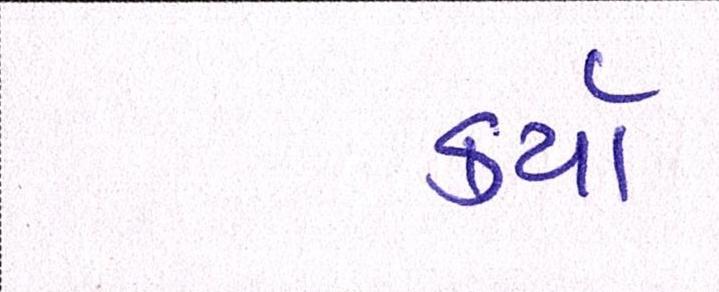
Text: કર્યા